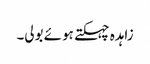
زاہدہ چہکتے ہوئے بولی۔